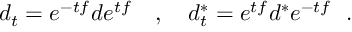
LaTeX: d _ { t } = e ^ { - t f } d e ^ { t f } \quad , \quad d _ { t } ^ { \ast } = e ^ { t f } d ^ { \ast } e ^ { - t f } \ \ .